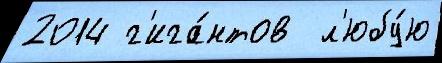
2014 г'ига́нтов  л'юбу́ю